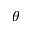
\theta